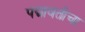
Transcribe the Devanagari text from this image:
पद्मावतीचा